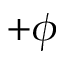
+ \phi